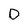
Character: D